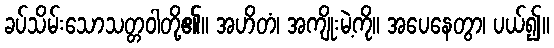
ခပ်သိမ်းသောသတ္တဝါတို့၏။ အဟိတံ၊ အကျိုးမဲ့ကို။ အပေနေတွာ၊ ပယ်၍။